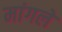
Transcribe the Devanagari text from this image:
मांगलें